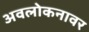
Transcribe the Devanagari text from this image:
अवलोकनावर